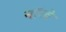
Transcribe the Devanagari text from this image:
नाॅरवे